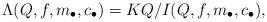
LaTeX: \begin{align*} \Lambda(Q,f,m_{\bullet},c_{\bullet}) = K Q / I (Q,f,m_{\bullet},c_{\bullet}),\end{align*}